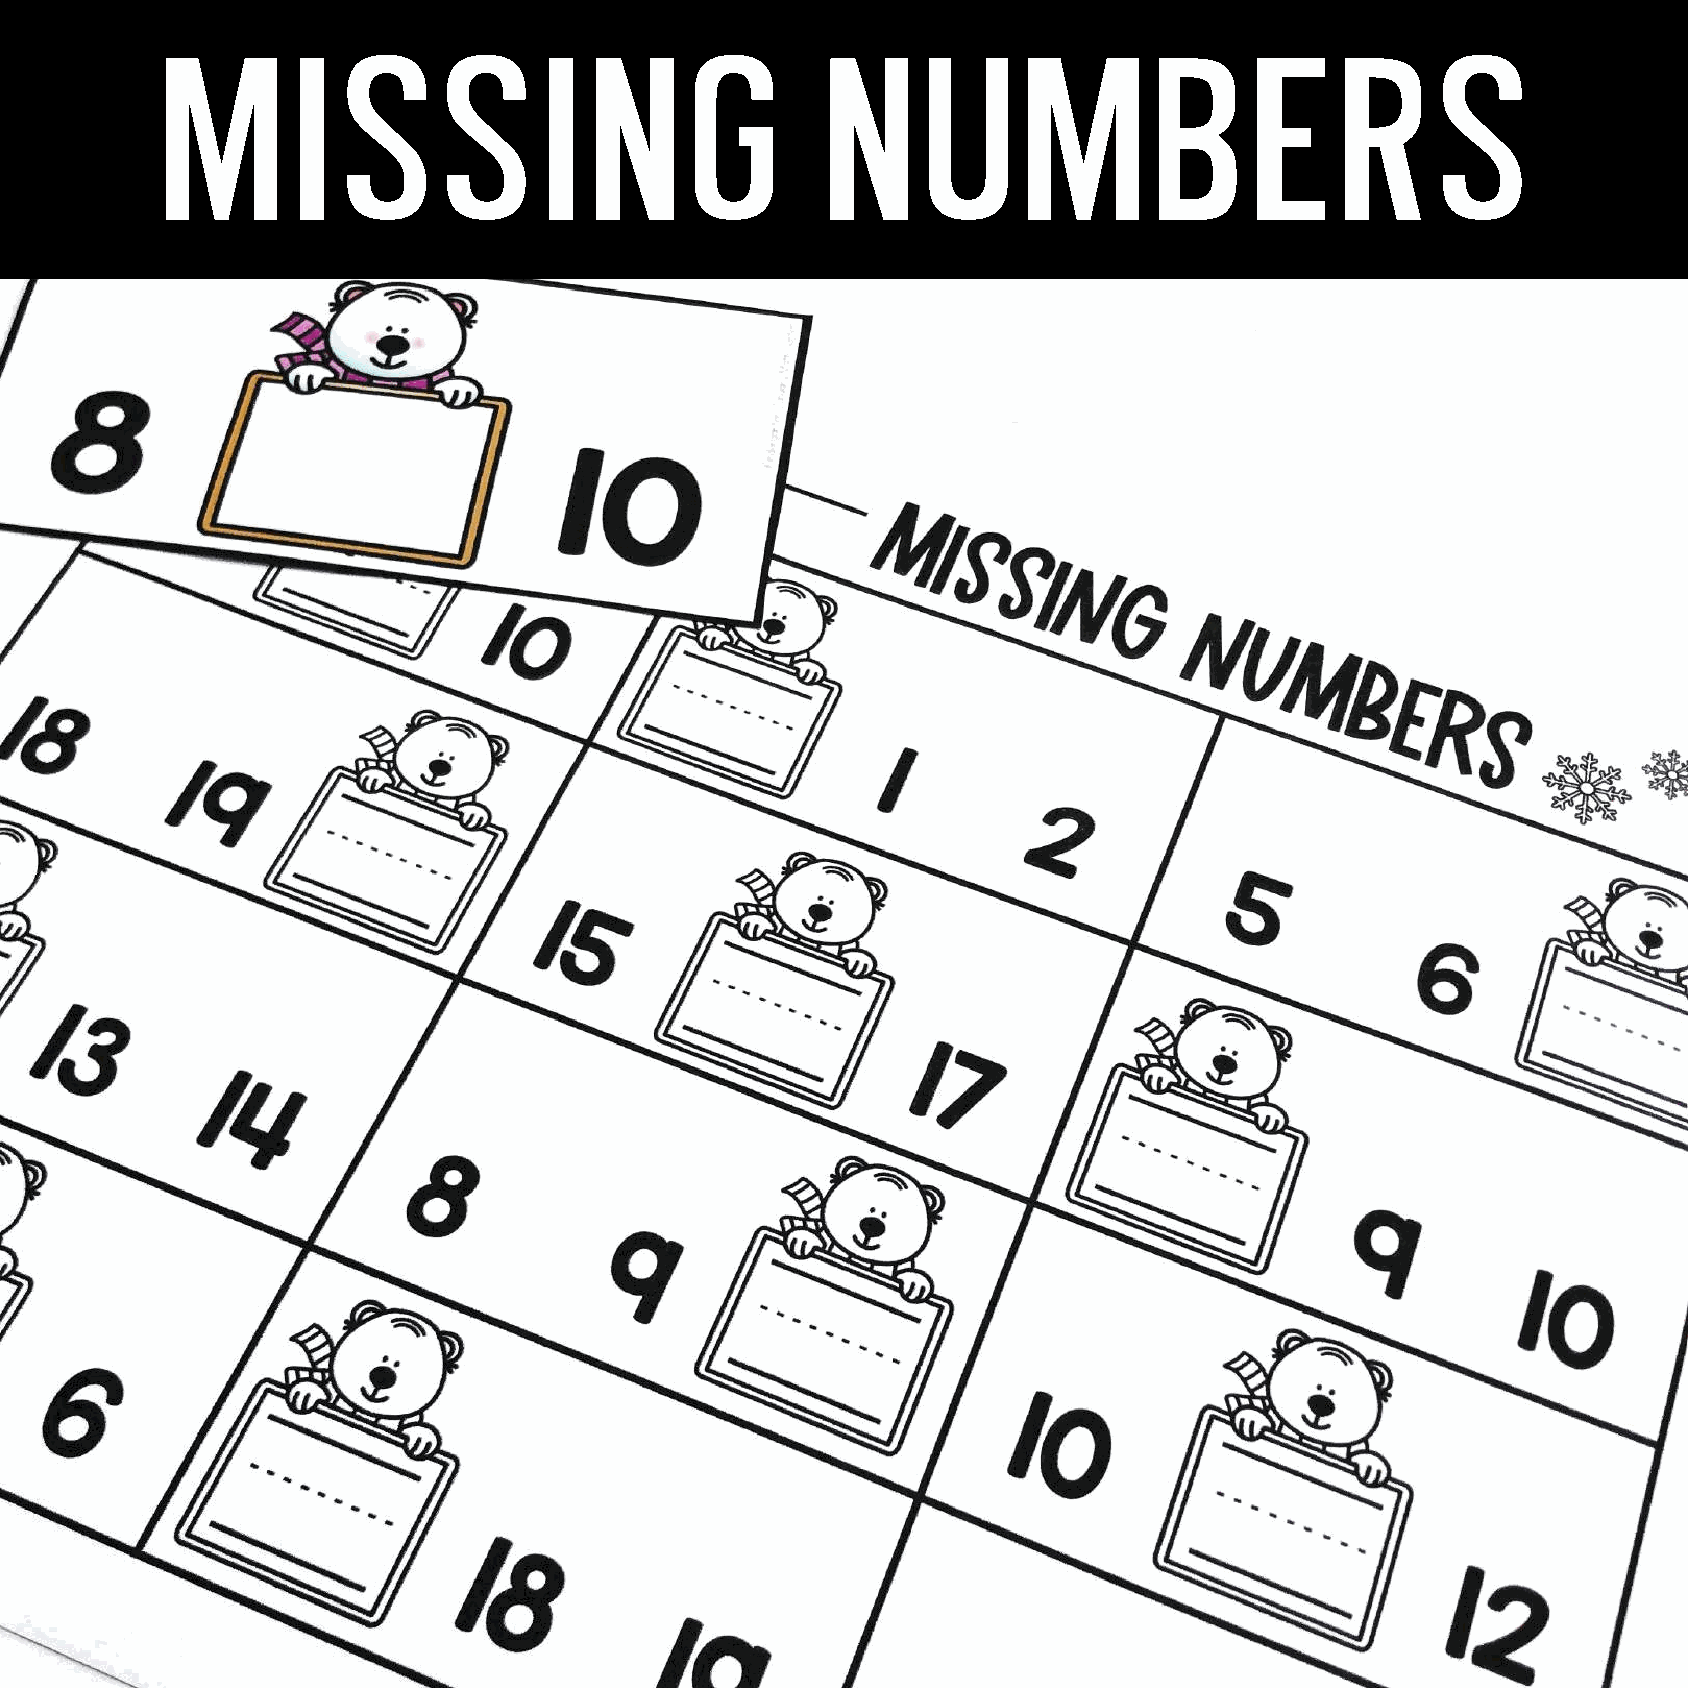
m       i   s     s      i  n      g        n     u      m       b      e     r     s